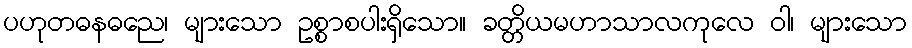
ပဟုတဓနဓညေ၊ များသော ဥစ္စာစပါးရှိသော။ ခတ္တိယမဟာသာလကုလေ ဝါ၊ များသော